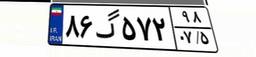
۸۶گ۵۷۲۹۸